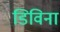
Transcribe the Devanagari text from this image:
डिविना